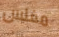
مفلس